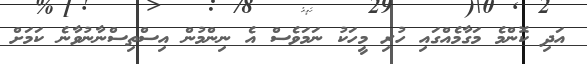
އަދި ކޮންމެ މަގާމެއްގައި ހުރި މީހަކު ނަމަވެސް އެ ނިންމުން އިސްތިސްނާނުވާނެ ކަމަށް